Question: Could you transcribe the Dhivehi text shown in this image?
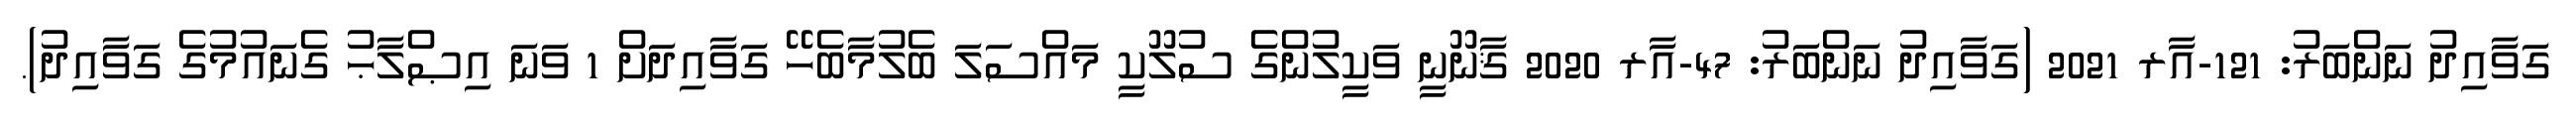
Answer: ގަވާއިދު ނަންބަރު: 121-އާރ 2021 (ގަވާއިދު ނަންބަރު: 47-އާރ 2020 ޤާނޫނީ ވަކީލުންގެ ސުލޫކީ މައްސަލަ ބެލުމާބެހޭ ގަވާއިދަށް 1 ވަނަ އިޞްލާޙު ގެނައުމުގެ ގަވާއިދު).